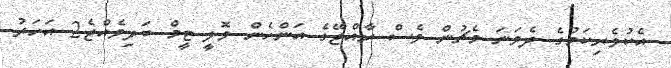
އެކުވެރިކަމުގެ ދެވަނަ މެޗުން ވެސް ރާއްޖޭގެ އަންހެން ވޮލީ ޓީމް ބަލިވެއްޖެ2 އަހަރު